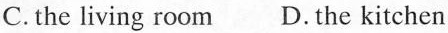
C.the living room D.the kitchen